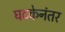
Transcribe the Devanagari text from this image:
घटकेनंतर